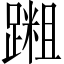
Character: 𫏝